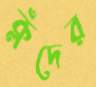
ক্লঁদের